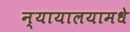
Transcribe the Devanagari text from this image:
न्यायालयामधे